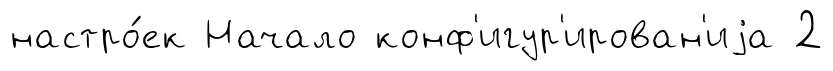
настро́ек Начало конф'игур'ирован'иjа 2